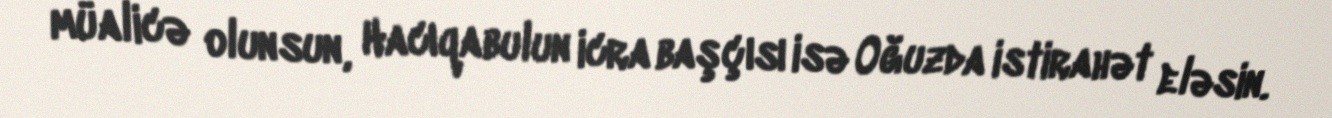
müalicə olunsun, Hacıqabulun icra başçısı isə Oğuzda istirahət eləsin.